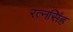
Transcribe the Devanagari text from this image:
रत्‍नसिंह